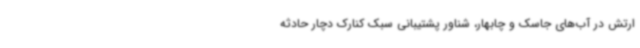
ارتش در آب‌های جاسک و چابهار، شناور پشتیبانی سبک کنارک دچار حادثه